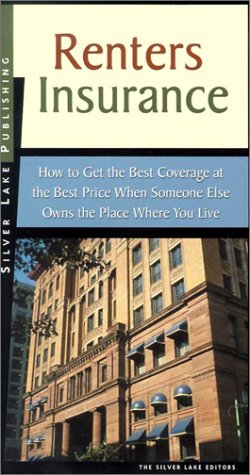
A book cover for RENTER'S INSURANCE; First Last; Business & Money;